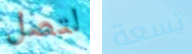
لتصل تسعة